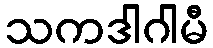
သကဒါဂါမီ